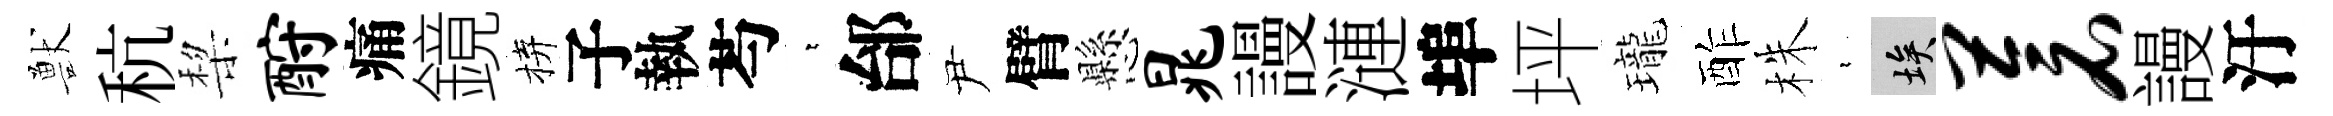
獸秔棃酹痛鏡拚子執芍萋邰尹臂懸晁謾漣埠坪瓏酢株裊埃苍謾汙